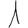
Digit: 1